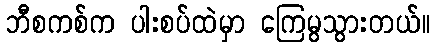
ဘီစကစ်က ပါးစပ်ထဲမှာ ကြေမွသွားတယ်။